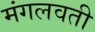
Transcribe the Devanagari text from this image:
मंगलवती